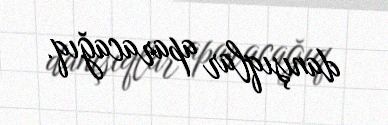
danışıqlar aparacağıq.